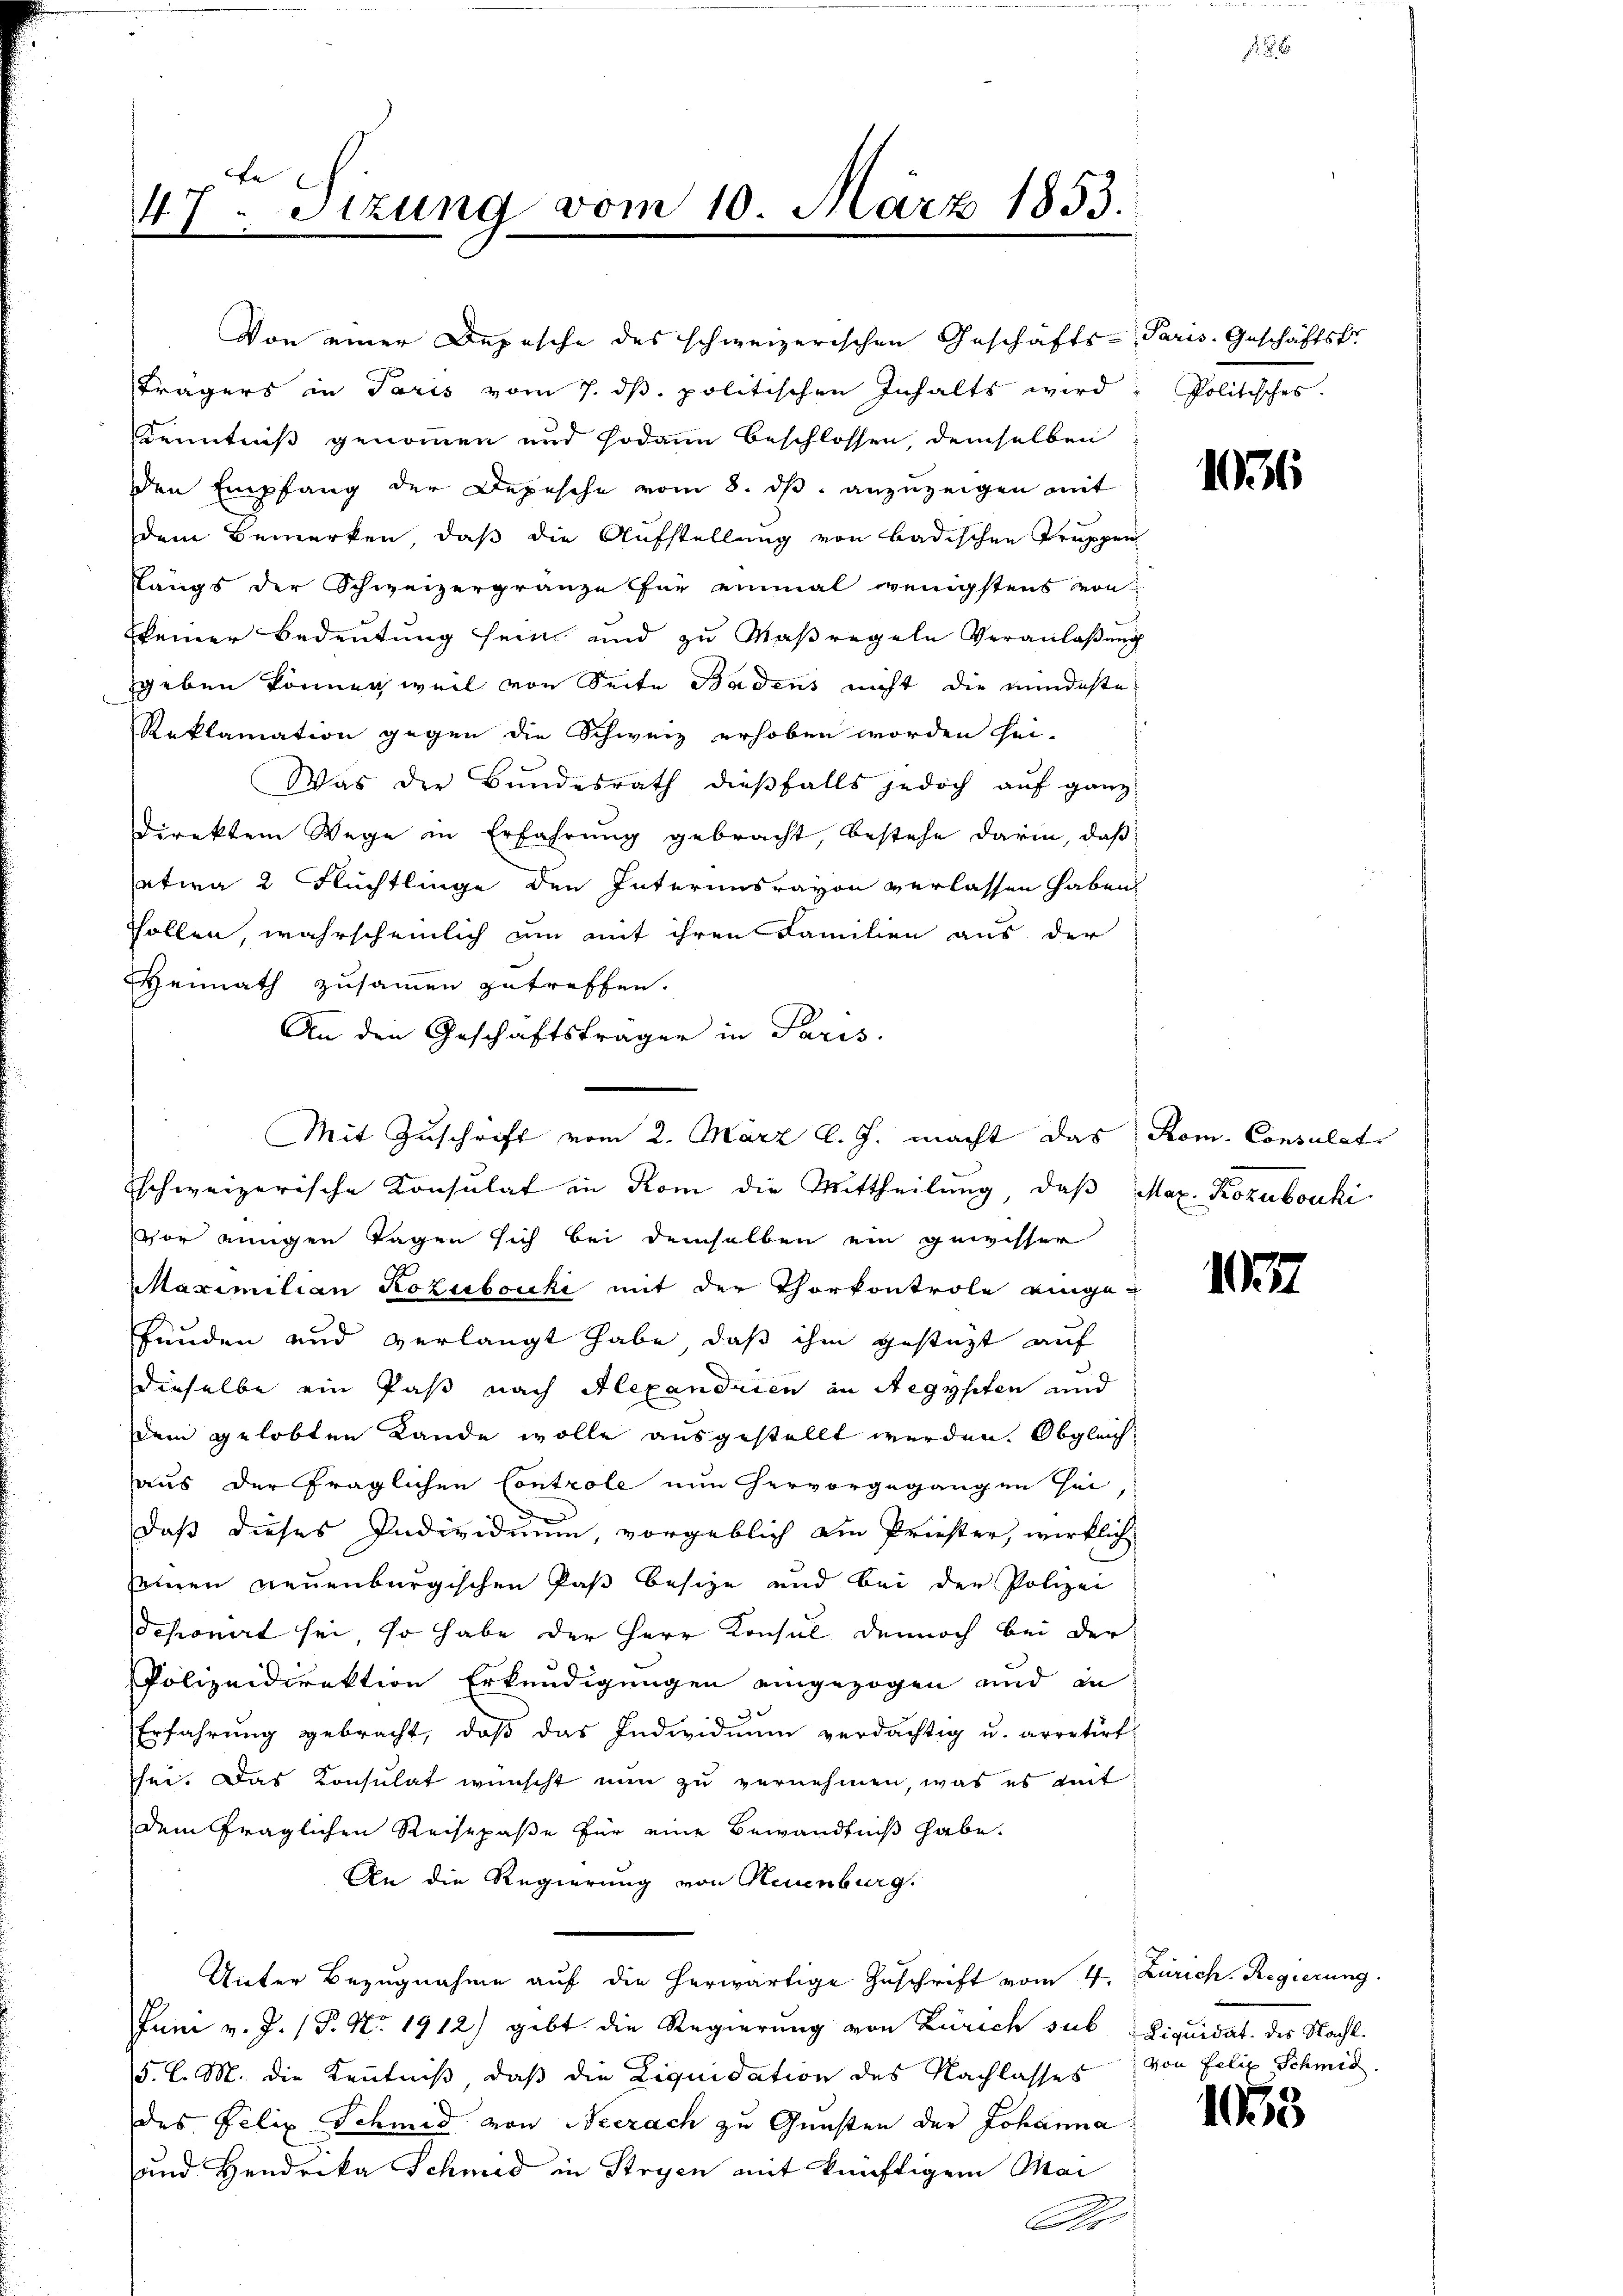
47. Sizung vom 10. März 1853.

Von einer Depesche des schweizerischen Geschäfts- Paris. Geschäftstr
Trägers in Paris vom 7. dβ. politischen Inhalts wird: Politisches
Kenntniß genommen und sodann beschlossen, demselben
den Empfang der Depesche vom 8. dβ anzuzeigen mit
dem Bemerken, daß die Aufstellung von Badischen Truppen
längs der Schweizergränze für einmal wenigstens von
keiner Bedeutung sein, und zu Maßregeln Veranlaßung
geben können, weil von Seite Badens nicht die mindeste
Reklamation gegen die Schweiz erhoben worden hei-
Was der Bundesrath dießfalls jedoch auf ganz
Direktem Wege in Erfahrung gebracht, bestehe darin, daß
etwa 2 Flüchtlinge den Interimsrayon verlassen haben
sollen, wahrscheinlich um mit ihren Familien aus der
Heimath zusammen zutreffen.
An den Geschäftsträger in Paris.
vor einigen Tagen sich bei demselben ein gewisser
Maximilian Rozuboucki mit der Thorkontrole einge-
funden und verlangt habe, daß ihm gestüzt auf
dieselbe ein Paß nach Alexandrien in Aegypten und
Dein gelobten Lande wolle ausgestellt werden. Obgleichaus der fraglichen Controle nun hervorgegangen sei
daß dieses Individuum, vorgeblich am Priester, wirklich
seinen neuenburgischen Paß besize und bei der Polizei
Schonet sei, so habe der Herr Konsul dennoch bei der
Polizeidirektion Erkundigungen eingezogen und in
Erfahrŭng gebracht, daβ das Individuum verdächtig u. arretirt
sei. Das Konsulat wünscht nun zu vernehmen, was es mit
dem fraglichen Reisepaße für eine Bewandtniß habe.
An die Regierung von Neuenburg.
Unter Bezŭgnahme aŭf die herwärtige Zuschrift vom 4. Zürich. Regierung.
Juni v. J. (T. No. 1912) gibt die Regierung von Zürich sub Liquidat des Nacht.
5. l. M. die Kenntniß, daß die Liquidation des Nachlasses von Felix Schmid.
des Felix Schmid von Neerach zu Gunsten der Johanna
und Hendrika Schmid in Stryen mit künftigem Mai
Dr

Mit Zuschrift vom 2. März l. J. macht das
schweizerische Konsulat in Rom die Mittheilung, daß Max Kozubouki

1036

1032.

Rom. Consulat

1033